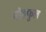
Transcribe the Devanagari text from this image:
मोहफुल